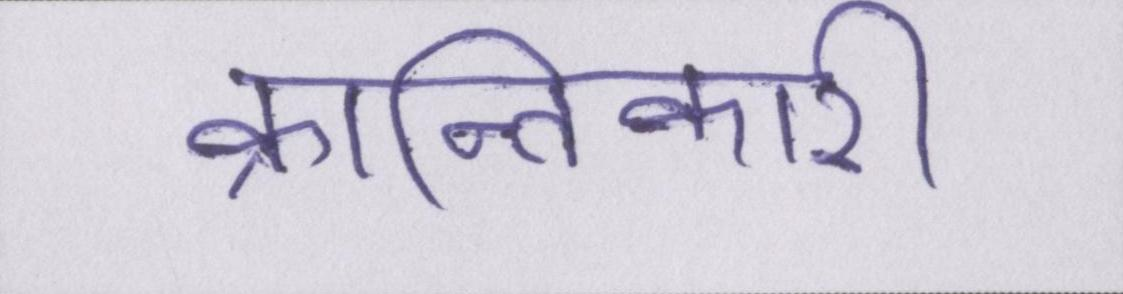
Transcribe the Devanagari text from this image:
क्रान्तिकारी